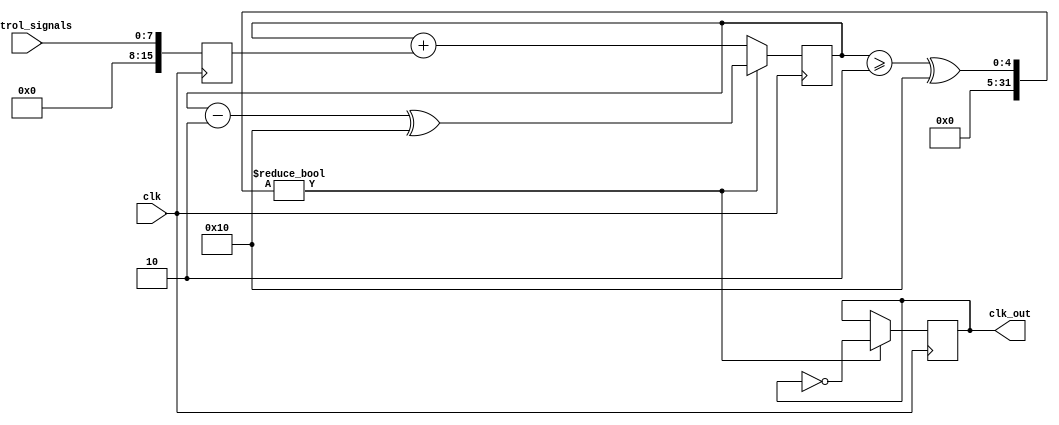
module fractional_clock_divider (
    input wire clk,
    input wire [7:0] control_signals,
    output reg clk_out
);

reg [15:0] accumulator;
reg [15:0] fraction;
reg [7:0] counter;

always @(posedge clk) begin
    fraction <= control_signals;
    accumulator <= accumulator + fraction;
    
    if (accumulator >= 2^16) begin
        accumulator <= accumulator - 2^16;
        clk_out <= ~clk_out;
    end

    counter <= counter + 1;
    if (counter == 255) begin
        counter <= 0;
    end
end

endmodule